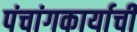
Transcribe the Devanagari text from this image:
पंचांगकार्याची